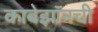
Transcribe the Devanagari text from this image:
काबेझॉनची